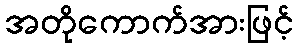
အတိုကောက်အားဖြင့်